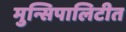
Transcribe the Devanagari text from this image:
मुन्सिपालिटीत